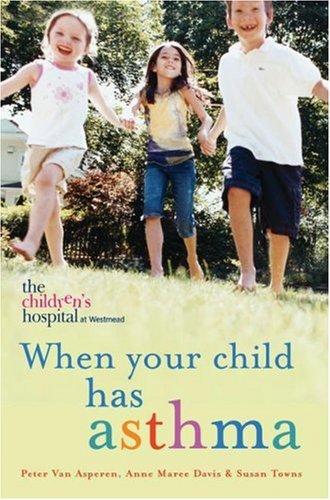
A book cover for When Your Child Has Asthma; Peter Van Asperen; Health, Fitness & Dieting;